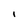
Character: I